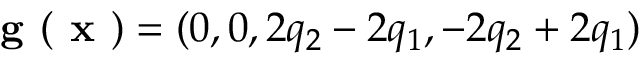
\textbf { g } ( \textbf { x } ) = ( 0 , 0 , 2 q _ { 2 } - 2 q _ { 1 } , - 2 q _ { 2 } + 2 q _ { 1 } )